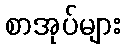
စာအုပ်များ